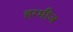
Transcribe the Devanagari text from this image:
हरमीज